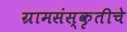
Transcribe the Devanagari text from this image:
ग्रामसंस्कृतीचे